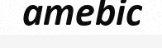
amebic